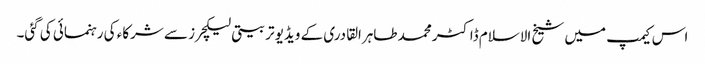
اس کیمپ میں شیخ الاسلام ڈاکٹر محمد طاہرالقادری کے ویڈیو تربیتی لیکچرز سے شرکاء کی رہنمائی کی گئی۔